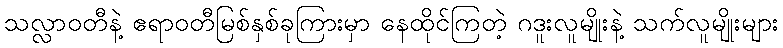
သလ္လာဝတီနဲ့ ဧရာဝတီမြစ်နှစ်ခုကြားမှာ နေထိုင်ကြတဲ့ ဂဒူးလူမျိုးနဲ့ သက်လူမျိုးများ